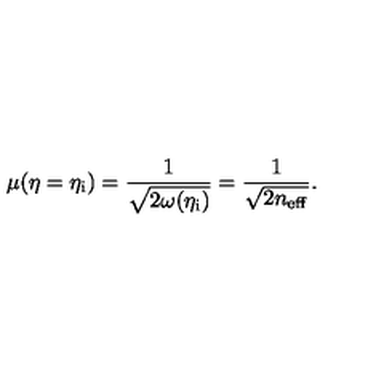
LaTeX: \mu ( \eta = \eta _ { \mathrm { i } } ) = \frac { 1 } { \sqrt { 2 \omega ( \eta _ { \mathrm { i } } ) } } = \frac { 1 } { \sqrt { 2 n _ { \mathrm { e f f } } } } .